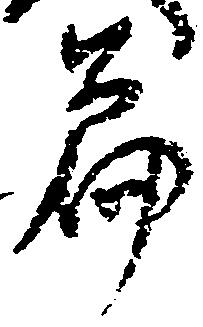
篇